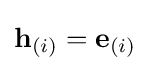
\mathbf {h} _{(i)}=\mathbf {e} _{(i)}